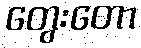
တွေးတော